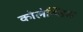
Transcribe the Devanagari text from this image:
कोलेस्तिस